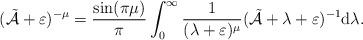
LaTeX: \begin{align*} (\tilde{\mathcal A} + \varepsilon)^{-\mu} = \dfrac{\sin(\pi \mu)}{\pi}\int_{0}^{\infty} \dfrac{1}{(\lambda+\varepsilon)^{\mu}} (\tilde{\mathcal A} + \lambda+\varepsilon)^{-1}{\rm d}\lambda .\end{align*}